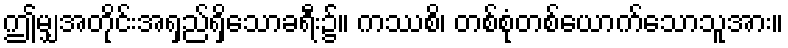
ဤမျှအတိုင်းအရှည်ရှိသောခရီး၌။ ကဿစိ၊ တစ်စုံတစ်ယောက်သောသူအား။